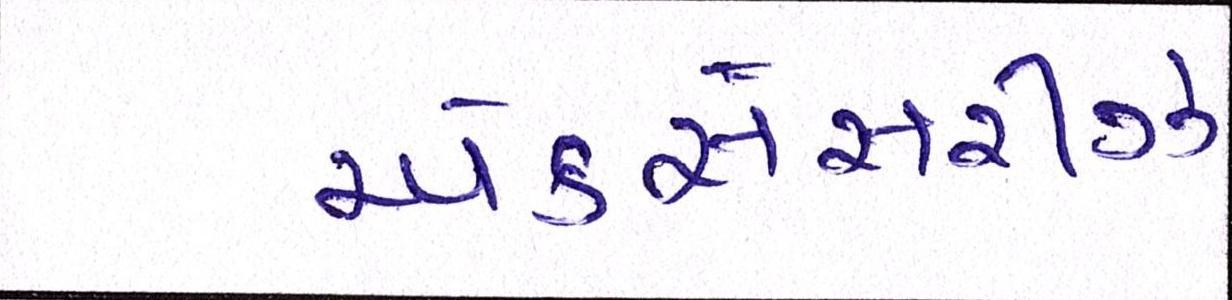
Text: એકસેસરીઝ